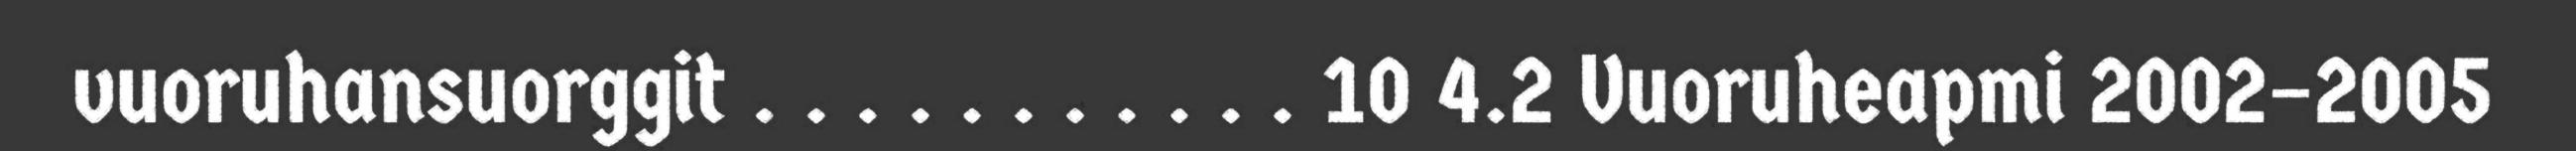
vuoruhansuorggit . . . . . . . . . . . 10 4.2 Vuoruheapmi 2002–2005